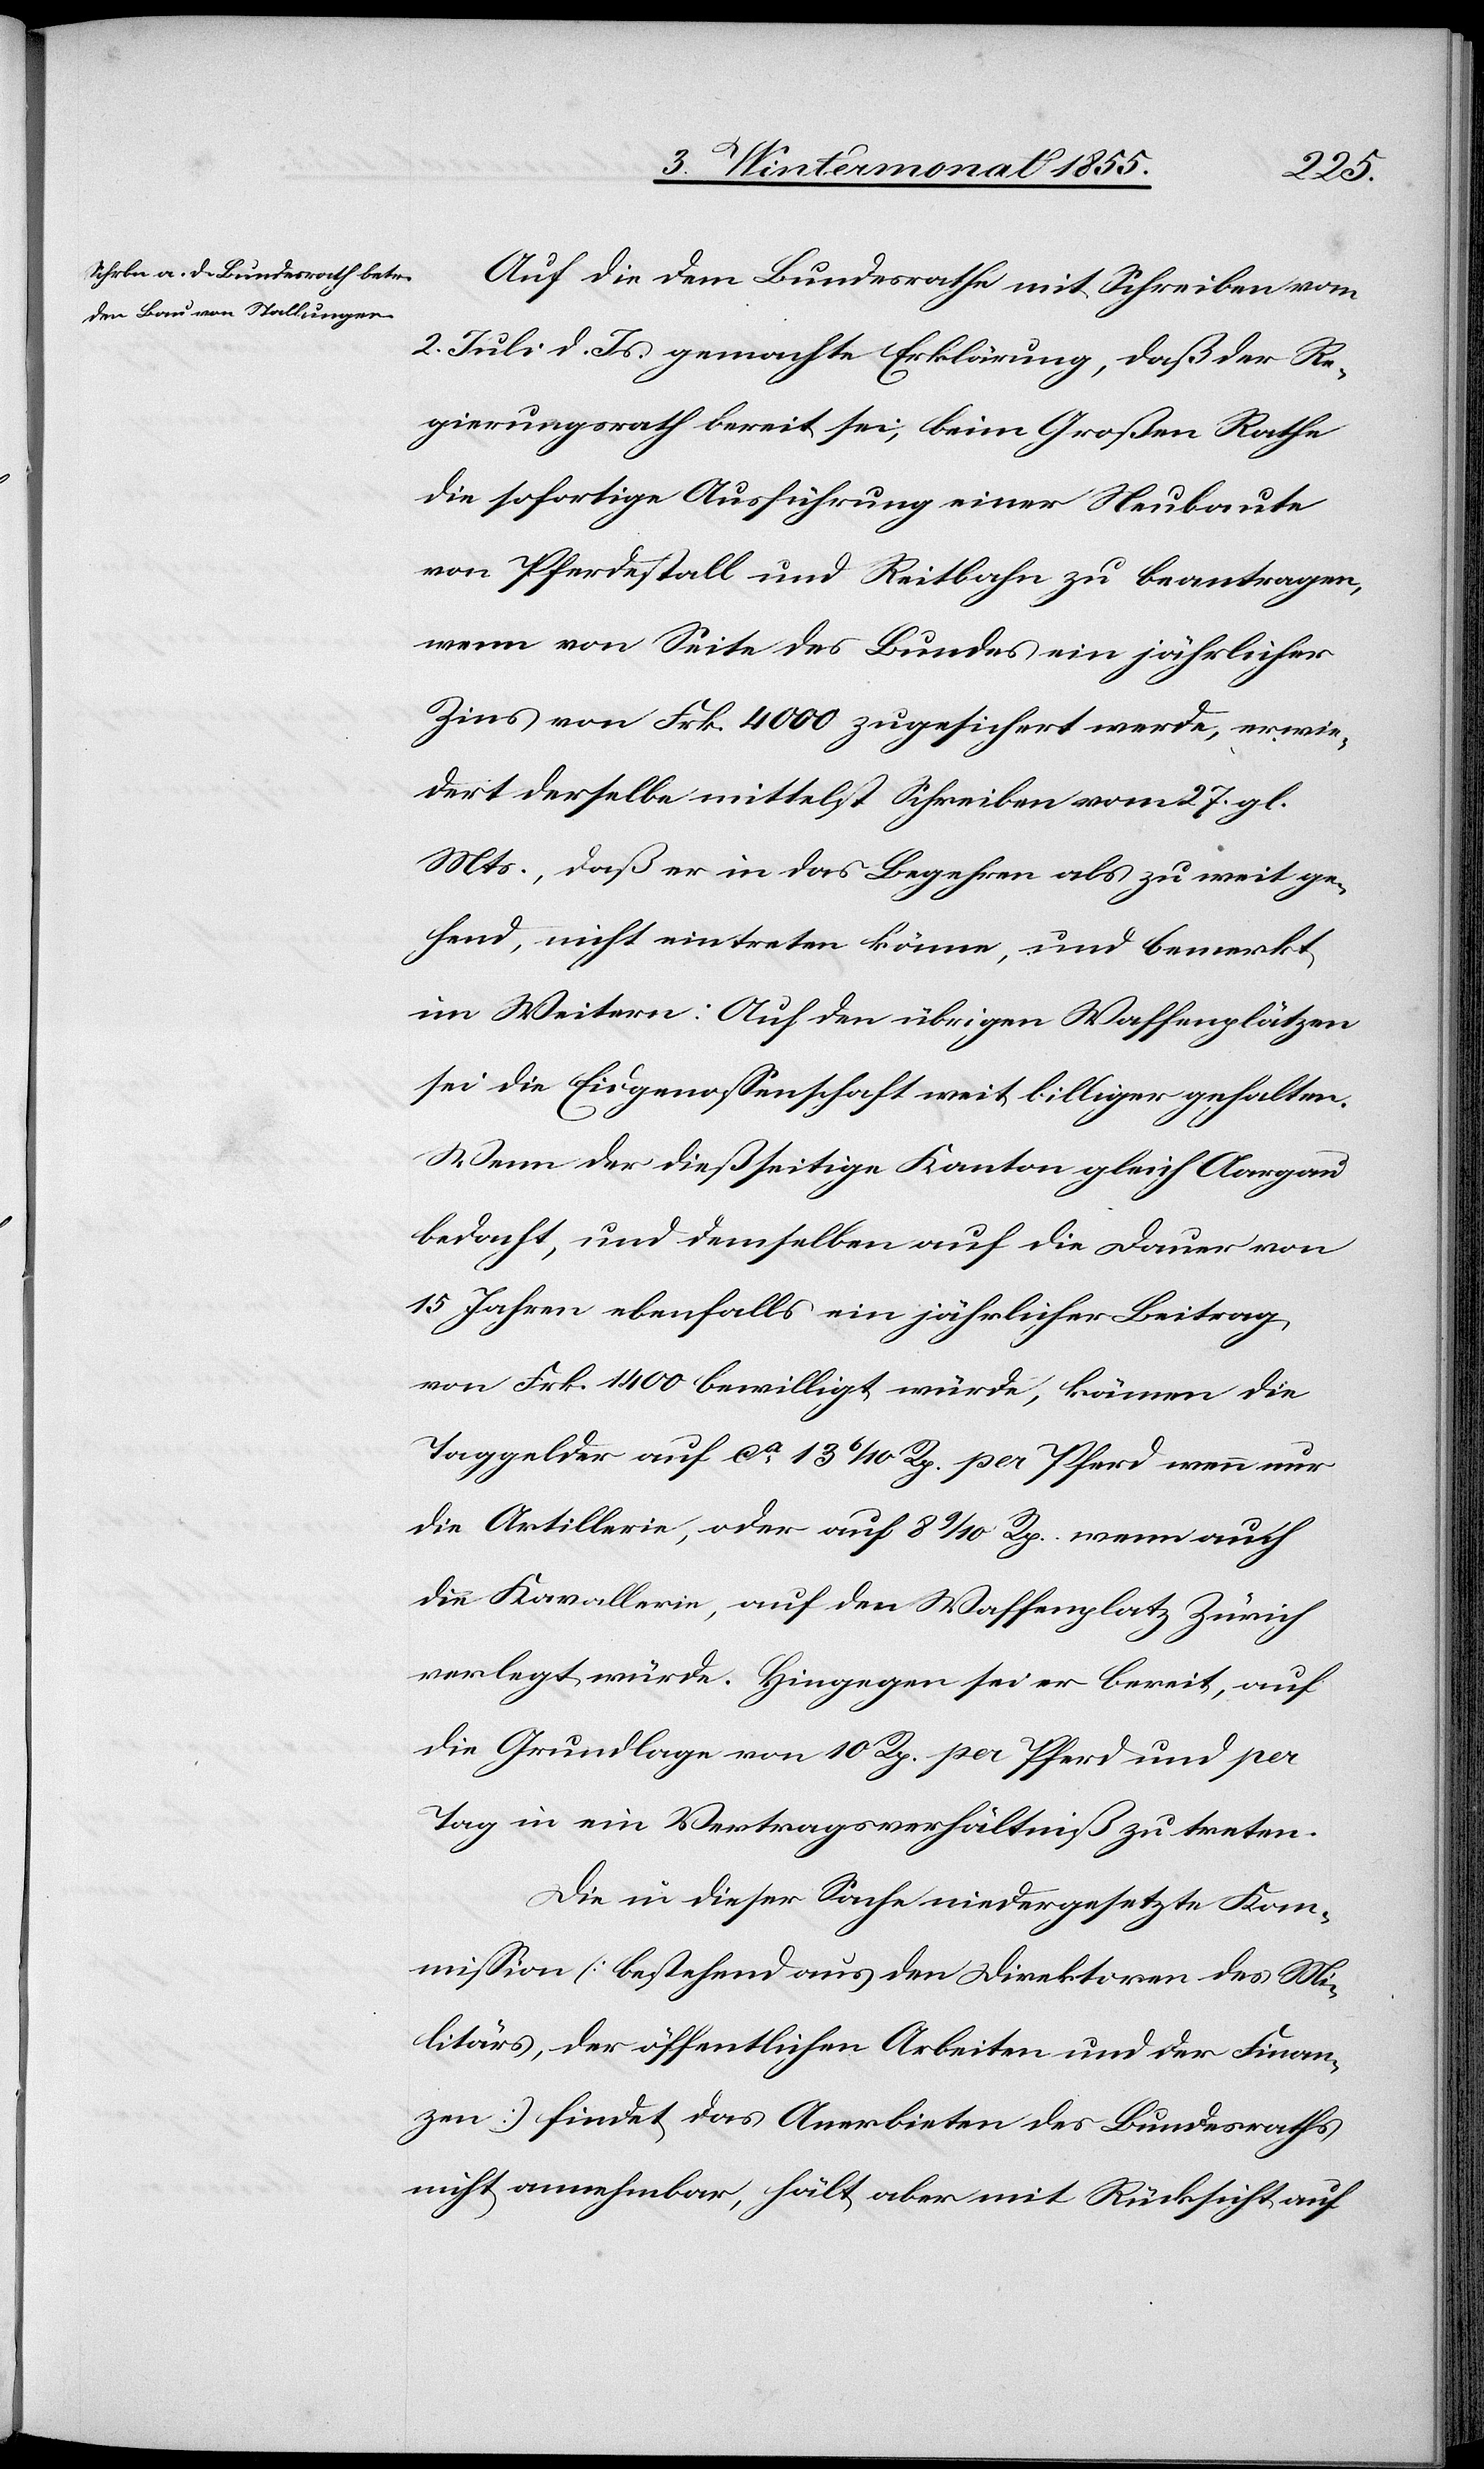
Auf die dem Bundesrathe mit Schreiben vom
2. Juli d. Js. gemachte Erklärung, daß der Re¬
gierungsrath bereit sei, beim Großen Rathe
die sofortige Ausführung einer Neubaute
von Pferdestall und Reitbahn zu beantragen,
wenn von Seite des Bundes ein jährlicher
Zins von Frk. 4000 zugesichert werde, erwie¬
dert derselbe mittelst Schreiben vom 27. gl.
Mts., daß er in das Begehren als zu weit ge¬
hend, nicht eintreten könne, und bemerkt
im Weitern: Auf den übrigen Waffenplätzen
sei die Eidgenossenschaft weit billiger gehalten.
Wenn der dießseitige Kanton gleich Aargau
bedacht, und demselben auf die Dauer von
15 Jahren ebenfalls ein jährlicher Beitrag
von Frk. 1400 bewilligt würde, kämen die
Taggelder auf ca. 13 6/10 Rp. per Pferd wenn nur
die Artillerie, oder auf 8 9/10 Rp. wenn auch
die Kavallerie, auf den Waffenplatz Zürich
verlegt würde. Hingegen sei er bereit, auf
die Grundlage von 10 Rp. per Pferd und per
Tag in ein Vertragsverhältniß zu treten.
Die in dieser Sache niedergesetzte Kom¬
mission (bestehend aus den Direktoren des Mi¬
litärs, der öffentlichen Arbeiten und der Finan¬
zen) findet das Anerbieten des Bundesraths
nicht annehmbar, hält aber mit Rücksicht auf